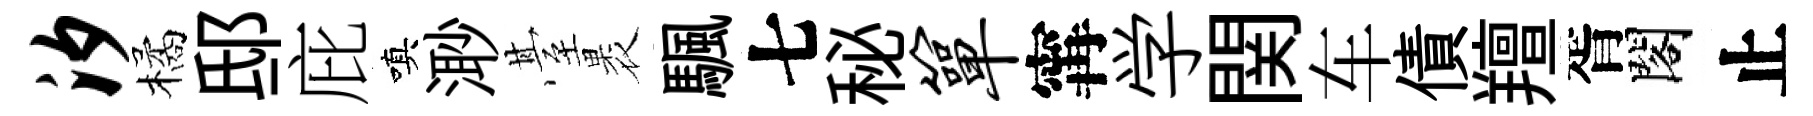
汐橘邸庇嗔𣺌䑓褁颿七秘箪𡩋学関车債羶胥閣止